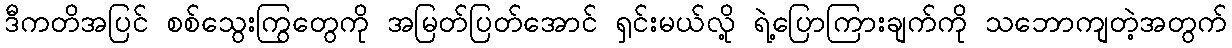
ဒီကတိအပြင် စစ်သွေးကြွတွေကို အမြတ်ပြတ်အောင် ရှင်းမယ်လို့ ရဲ့ပြောကြားချက်ကို သဘောကျတဲ့အတွက်